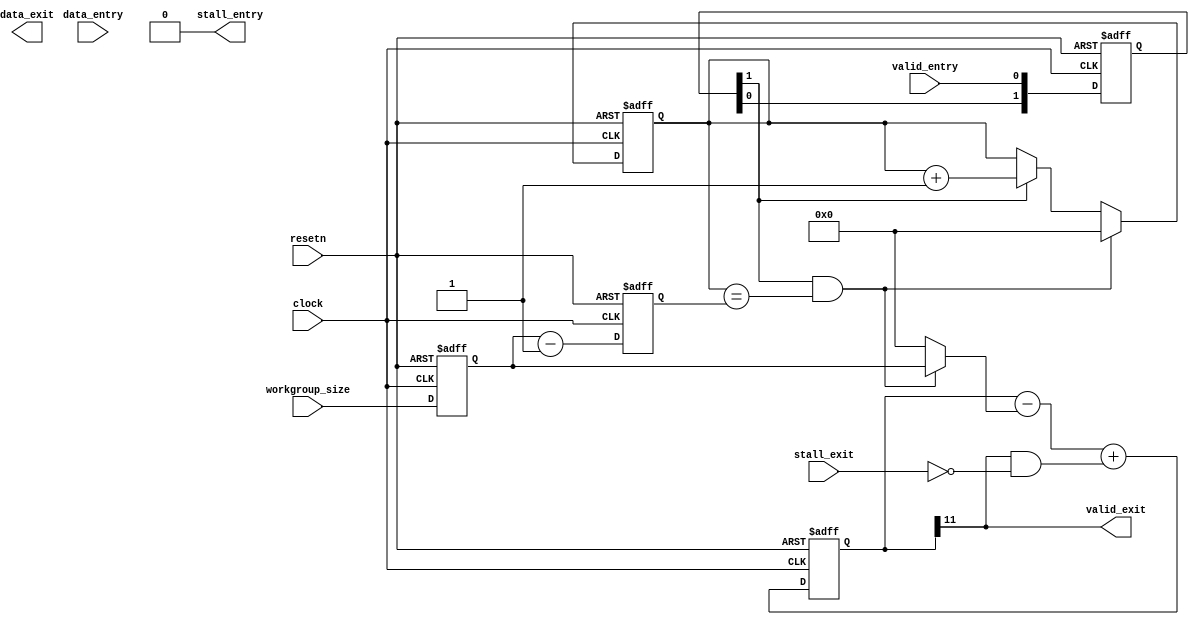
module acl_barrier_simple (
        // The first parameters are exactly the same as the normal barrier just
        // for plugin compatibility
	clock,
	resetn,
	valid_entry,
	data_entry,
	stall_entry,
	valid_exit,
	data_exit,
	stall_exit,
  workgroup_size
);

parameter DATA_WIDTH=1024;
parameter DEPTH=256;  					// Assumed power of 2
parameter MAX_SIMULTANEOUS_WORKGROUPS=2;		// Assumed power of 2
parameter WORKGROUP_SIZE_BITS = 10;

localparam OCOUNT_BITS=WORKGROUP_SIZE_BITS+$clog2(MAX_SIMULTANEOUS_WORKGROUPS);

input  clock;
input  resetn;
input  valid_entry;
input  [DATA_WIDTH-1:0] data_entry;
output stall_entry;
output valid_exit;
output [DATA_WIDTH-1:0] data_exit;
input  stall_exit;
input [WORKGROUP_SIZE_BITS-1:0] workgroup_size;
 
   reg [WORKGROUP_SIZE_BITS-1:0] reg_workgroup_size;
   reg [WORKGROUP_SIZE_BITS-1:0] reg_workgroup_size_minus_1;

   reg [WORKGROUP_SIZE_BITS-1:0] i_count;
   reg [OCOUNT_BITS:0] o_count;
 
    (* altera_attribute = "-name auto_shift_register_recognition OFF" *) reg [1:0] reg_valid_entry;

   assign valid_exit = o_count[OCOUNT_BITS];
   assign stall_entry = 1'b0;

   wire output_accepted;
   assign output_accepted = valid_exit & !stall_exit;
   
   wire incr_valids;
   assign incr_valids = reg_valid_entry[1] & !stall_entry & (i_count == (reg_workgroup_size_minus_1));

   always @(posedge clock or negedge resetn)
   begin
    if (~(resetn))
    begin
       i_count <= {WORKGROUP_SIZE_BITS{1'b0}};
       o_count <= {OCOUNT_BITS{1'b0}};

       reg_workgroup_size <= 'x;
       reg_workgroup_size_minus_1 <= 'x;

       reg_valid_entry <= 2'b0;
    end
    else 
    begin
       if (incr_valids) i_count <= {WORKGROUP_SIZE_BITS{1'b0}}; 
       else if (reg_valid_entry[1] & !stall_entry) i_count <= i_count+1;

       o_count <= o_count - (incr_valids ? reg_workgroup_size : 0) + output_accepted;       

       reg_workgroup_size <= workgroup_size; 
       reg_workgroup_size_minus_1 <= reg_workgroup_size-1;

       reg_valid_entry <= {reg_valid_entry[0], valid_entry};
    end
  end

endmodule